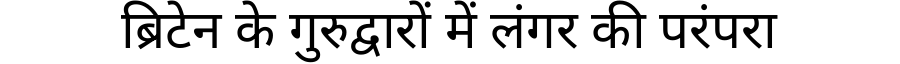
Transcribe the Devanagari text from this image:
ब्रिटेन के गुरुद्वारों में लंगर की परंपरा